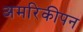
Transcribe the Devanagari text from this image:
अमरिकीपन